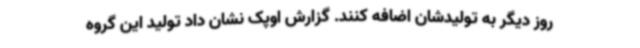
روز دیگر به تولیدشان اضافه کنند. گزارش اوپک نشان داد تولید این گروه